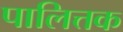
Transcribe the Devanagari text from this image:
पालित्तक